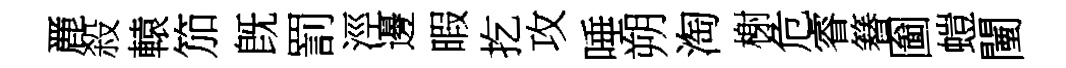
䴡殺轅笳旣罰涇邊暇扢攻唾朔淘榭危睿簮圗螘闉